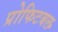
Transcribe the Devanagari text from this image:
प्रोफिटबल